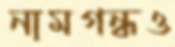
নামগন্ধও